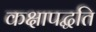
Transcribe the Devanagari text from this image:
कक्षापद्धति